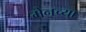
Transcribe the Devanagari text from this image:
मेनच्या